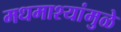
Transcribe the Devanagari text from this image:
मधमाश्यांमुळे